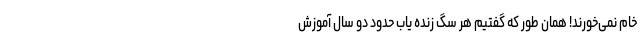
خام نمی‌خورند! همان طور که گفتیم هر سگ زنده یاب حدود دو سال آموزش